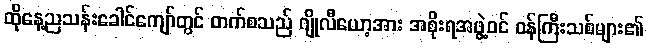
ထိုနေ့ညသန်းခေါင်ကျော်တွင် တက်စသည် ဂျိုလီယော့အား အစိုးရအဖွဲ့ဝင် ဝန်ကြီးသစ်များ၏